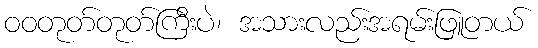
ဝဝတုတ်တုတ်ကြီးပဲ၊ အသားလည်းအရမ်းဖြူတယ်